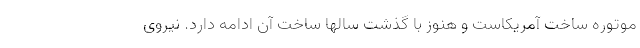
موتوره ساخت آمریکاست و هنوز با گذشت سالها ساخت آن ادامه دارد. نیروی